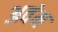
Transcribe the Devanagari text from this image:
अवंम